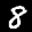
Label: 8